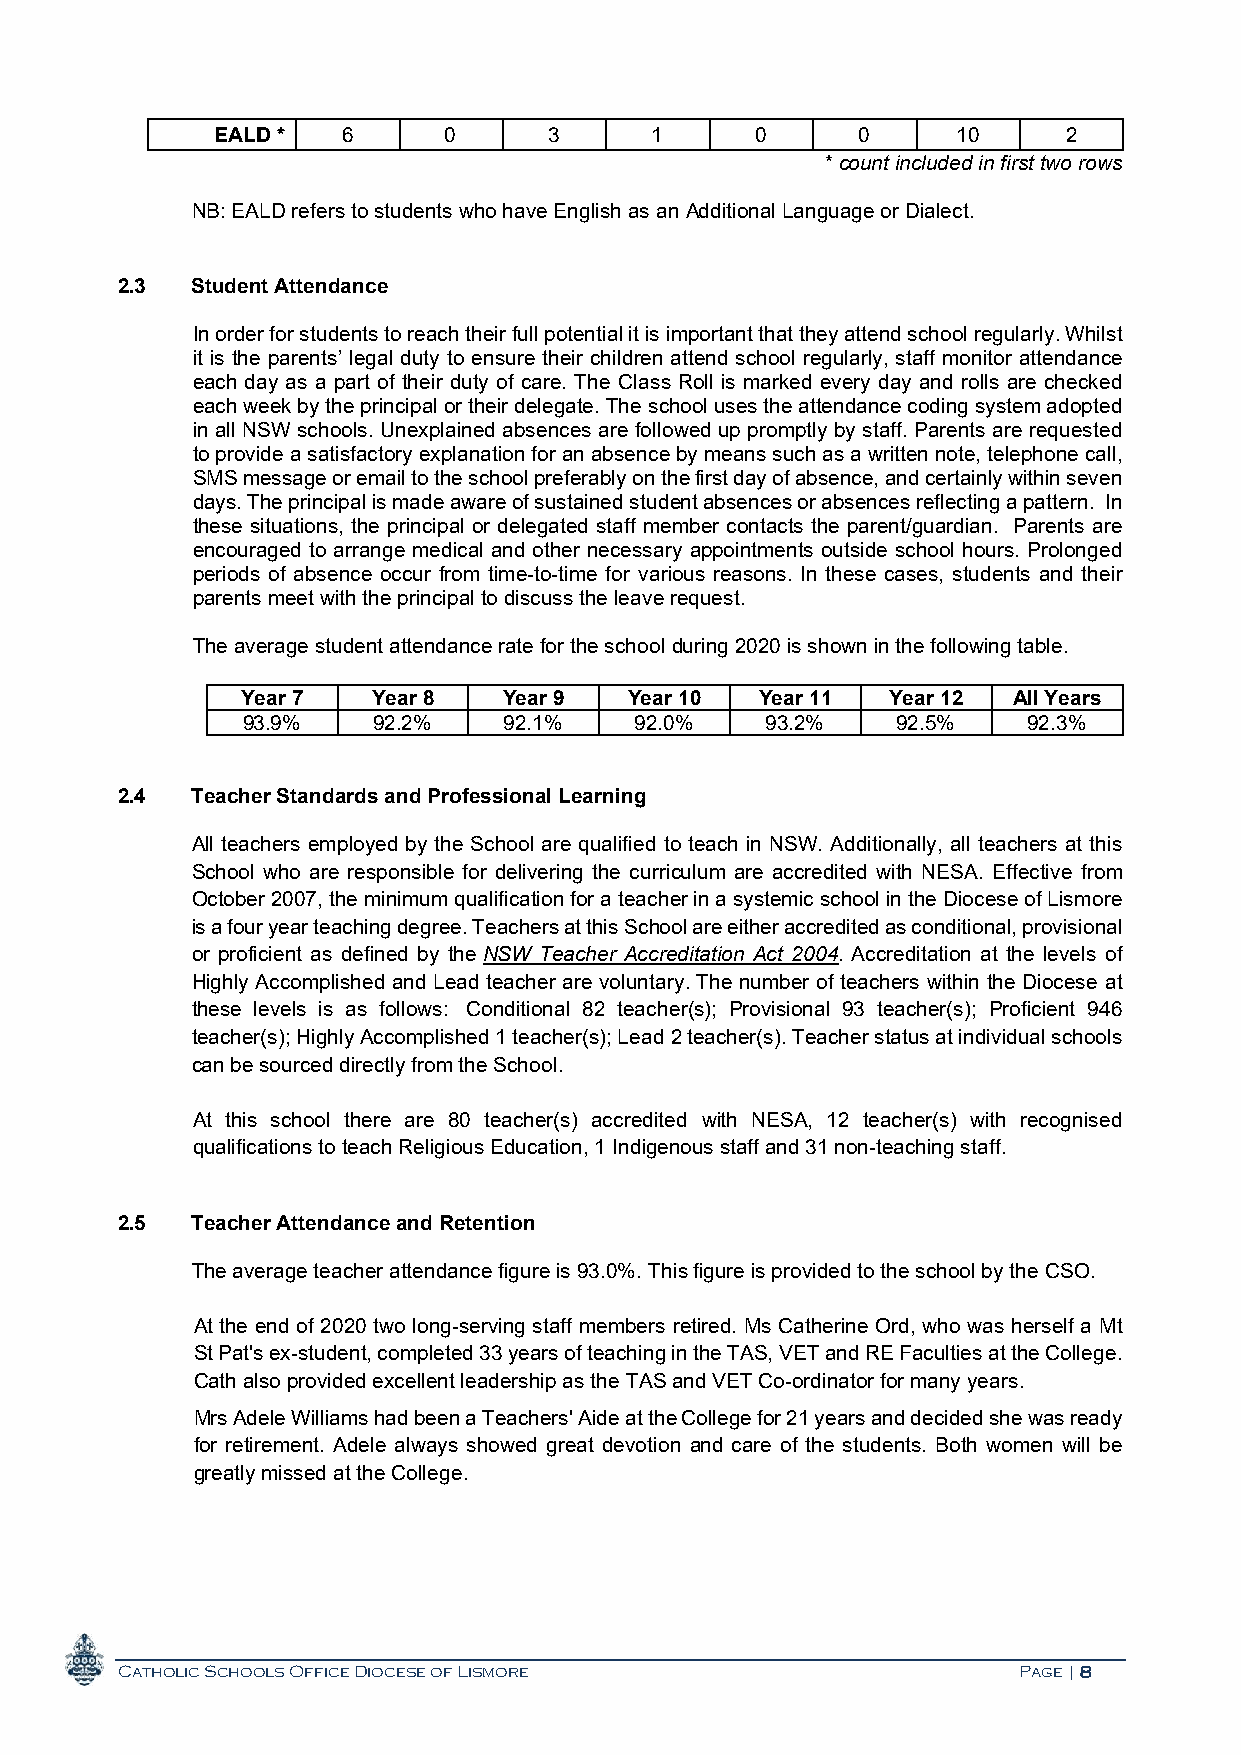
EALD *   6     0      3      1      0      0     10      2
 * count included in first two rows
 NB: EALD refers to students who have English as an Additional Language or Dialect.
 2.3  Student Attendance
 In order for students to reach their full potential it is important that they attend school regularly. Whilst
 it is the parents’ legal duty to ensure their children attend school regularly, staff monitor attendance
 each day as a part of their duty of care. The Class Roll is marked every day and rolls are checked
 each week by the principal or their delegate. The school uses the attendance coding system adopted
 in all NSW schools. Unexplained absences are followed up promptly by staff. Parents are requested
 to provide a satisfactory explanation for an absence by means such as a written note, telephone call,
 SMS message or email to the school preferably on the first day of absence, and certainly within seven
 days. The principal is made aware of sustained student absences or absences reflecting a pattern. In
 these situations, the principal or delegated staff member contacts the parent/guardian. Parents are
 encouraged to arrange medical and other necessary appointments outside school hours. Prolonged
 periods of absence occur from time-to-time for various reasons. In these cases, students and their
 parents meet with the principal to discuss the leave request.
 The average student attendance rate for the school during 2020 is shown in the following table.
 Year 7   Year 8  Year 9   Year 10 Year 11  Year 12 All Years
 93.9%    92.2%   92.1%    92.0%    93.2%   92.5%    92.3%
 2.4  Teacher Standards and Professional Learning
 All teachers employed by the School are qualified to teach in NSW. Additionally, all teachers at this
 School who are responsible for delivering the curriculum are accredited with NESA. Effective from
 October 2007, the minimum qualification for a teacher in a systemic school in the Diocese of Lismore
 is a four year teaching degree. Teachers at this School are either accredited as conditional, provisional
 or proficient as defined by the NSW Teacher Accreditation Act 2004. Accreditation at the levels of
 Highly Accomplished and Lead teacher are voluntary. The number of teachers within the Diocese at
 these levels is as follows: Conditional 82 teacher(s); Provisional 93 teacher(s); Proficient 946
 teacher(s); Highly Accomplished 1 teacher(s); Lead 2 teacher(s). Teacher status at individual schools
 can be sourced directly from the School.
 At this school there are 80 teacher(s) accredited with NESA, 12 teacher(s) with recognised
 qualifications to teach Religious Education, 1 Indigenous staff and 31 non-teaching staff.
 2.5  Teacher Attendance and Retention
 The average teacher attendance figure is 93.0%. This figure is provided to the school by the CSO.
 At the end of 2020 two long-serving staff members retired. Ms Catherine Ord, who was herself a Mt
 St Pat's ex-student, completed 33 years of teaching in the TAS, VET and RE Faculties at the College.
 Cath also provided excellent leadership as the TAS and VET Co-ordinator for many years.
 Mrs Adele Williams had been a Teachers' Aide at the College for 21 years and decided she was ready
 for retirement. Adele always showed great devotion and care of the students. Both women will be
 greatly missed at the College.
 Catholic Schools Office Diocese of Lismore                 Page | 8